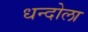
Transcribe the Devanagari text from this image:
धन्दोला